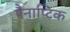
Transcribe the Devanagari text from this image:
पैनाप्टिक